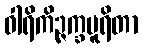
ဝါရိကိဉ္ဇက္ခပူရိတာ